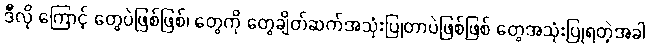
ဒီလို ကြောင့် တွေပဲဖြစ်ဖြစ်၊ တွေကို တွေချိတ်ဆက်အသုံးပြုတာပဲဖြစ်ဖြစ် တွေအသုံးပြုရတဲ့အခါ